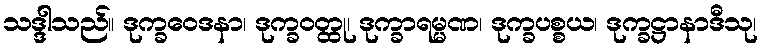
သဒ္ဒါသည်။ ဒုက္ခဝေဒနာ၊ ဒုက္ခဝတ္ထု၊ ဒုက္ခာရမ္မဏ၊ ဒုက္ခပစ္စယ၊ ဒုက္ခဋ္ဌာနာဒီသု၊